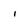
Character: l